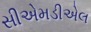
સીએમડીએલ